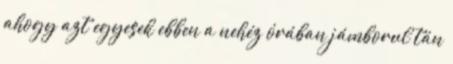
ahogy azt egyesek ebben a nehéz órában jámborul tán